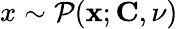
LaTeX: x\sim\mathcal{P}({\mathbf x};{\mathbf C},\nu)